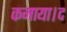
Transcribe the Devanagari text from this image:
कमाया।द